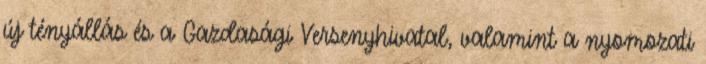
új tényállás és a Gazdasági Versenyhivatal, valamint a nyomozati